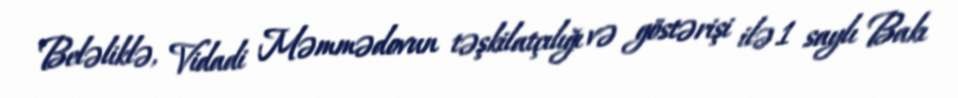
Beləliklə, Vidadi Məmmədovun təşkilatçılığı və göstərişi ilə 1 saylı Bakı